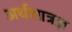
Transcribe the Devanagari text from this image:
अर्थशात्रज्ञ